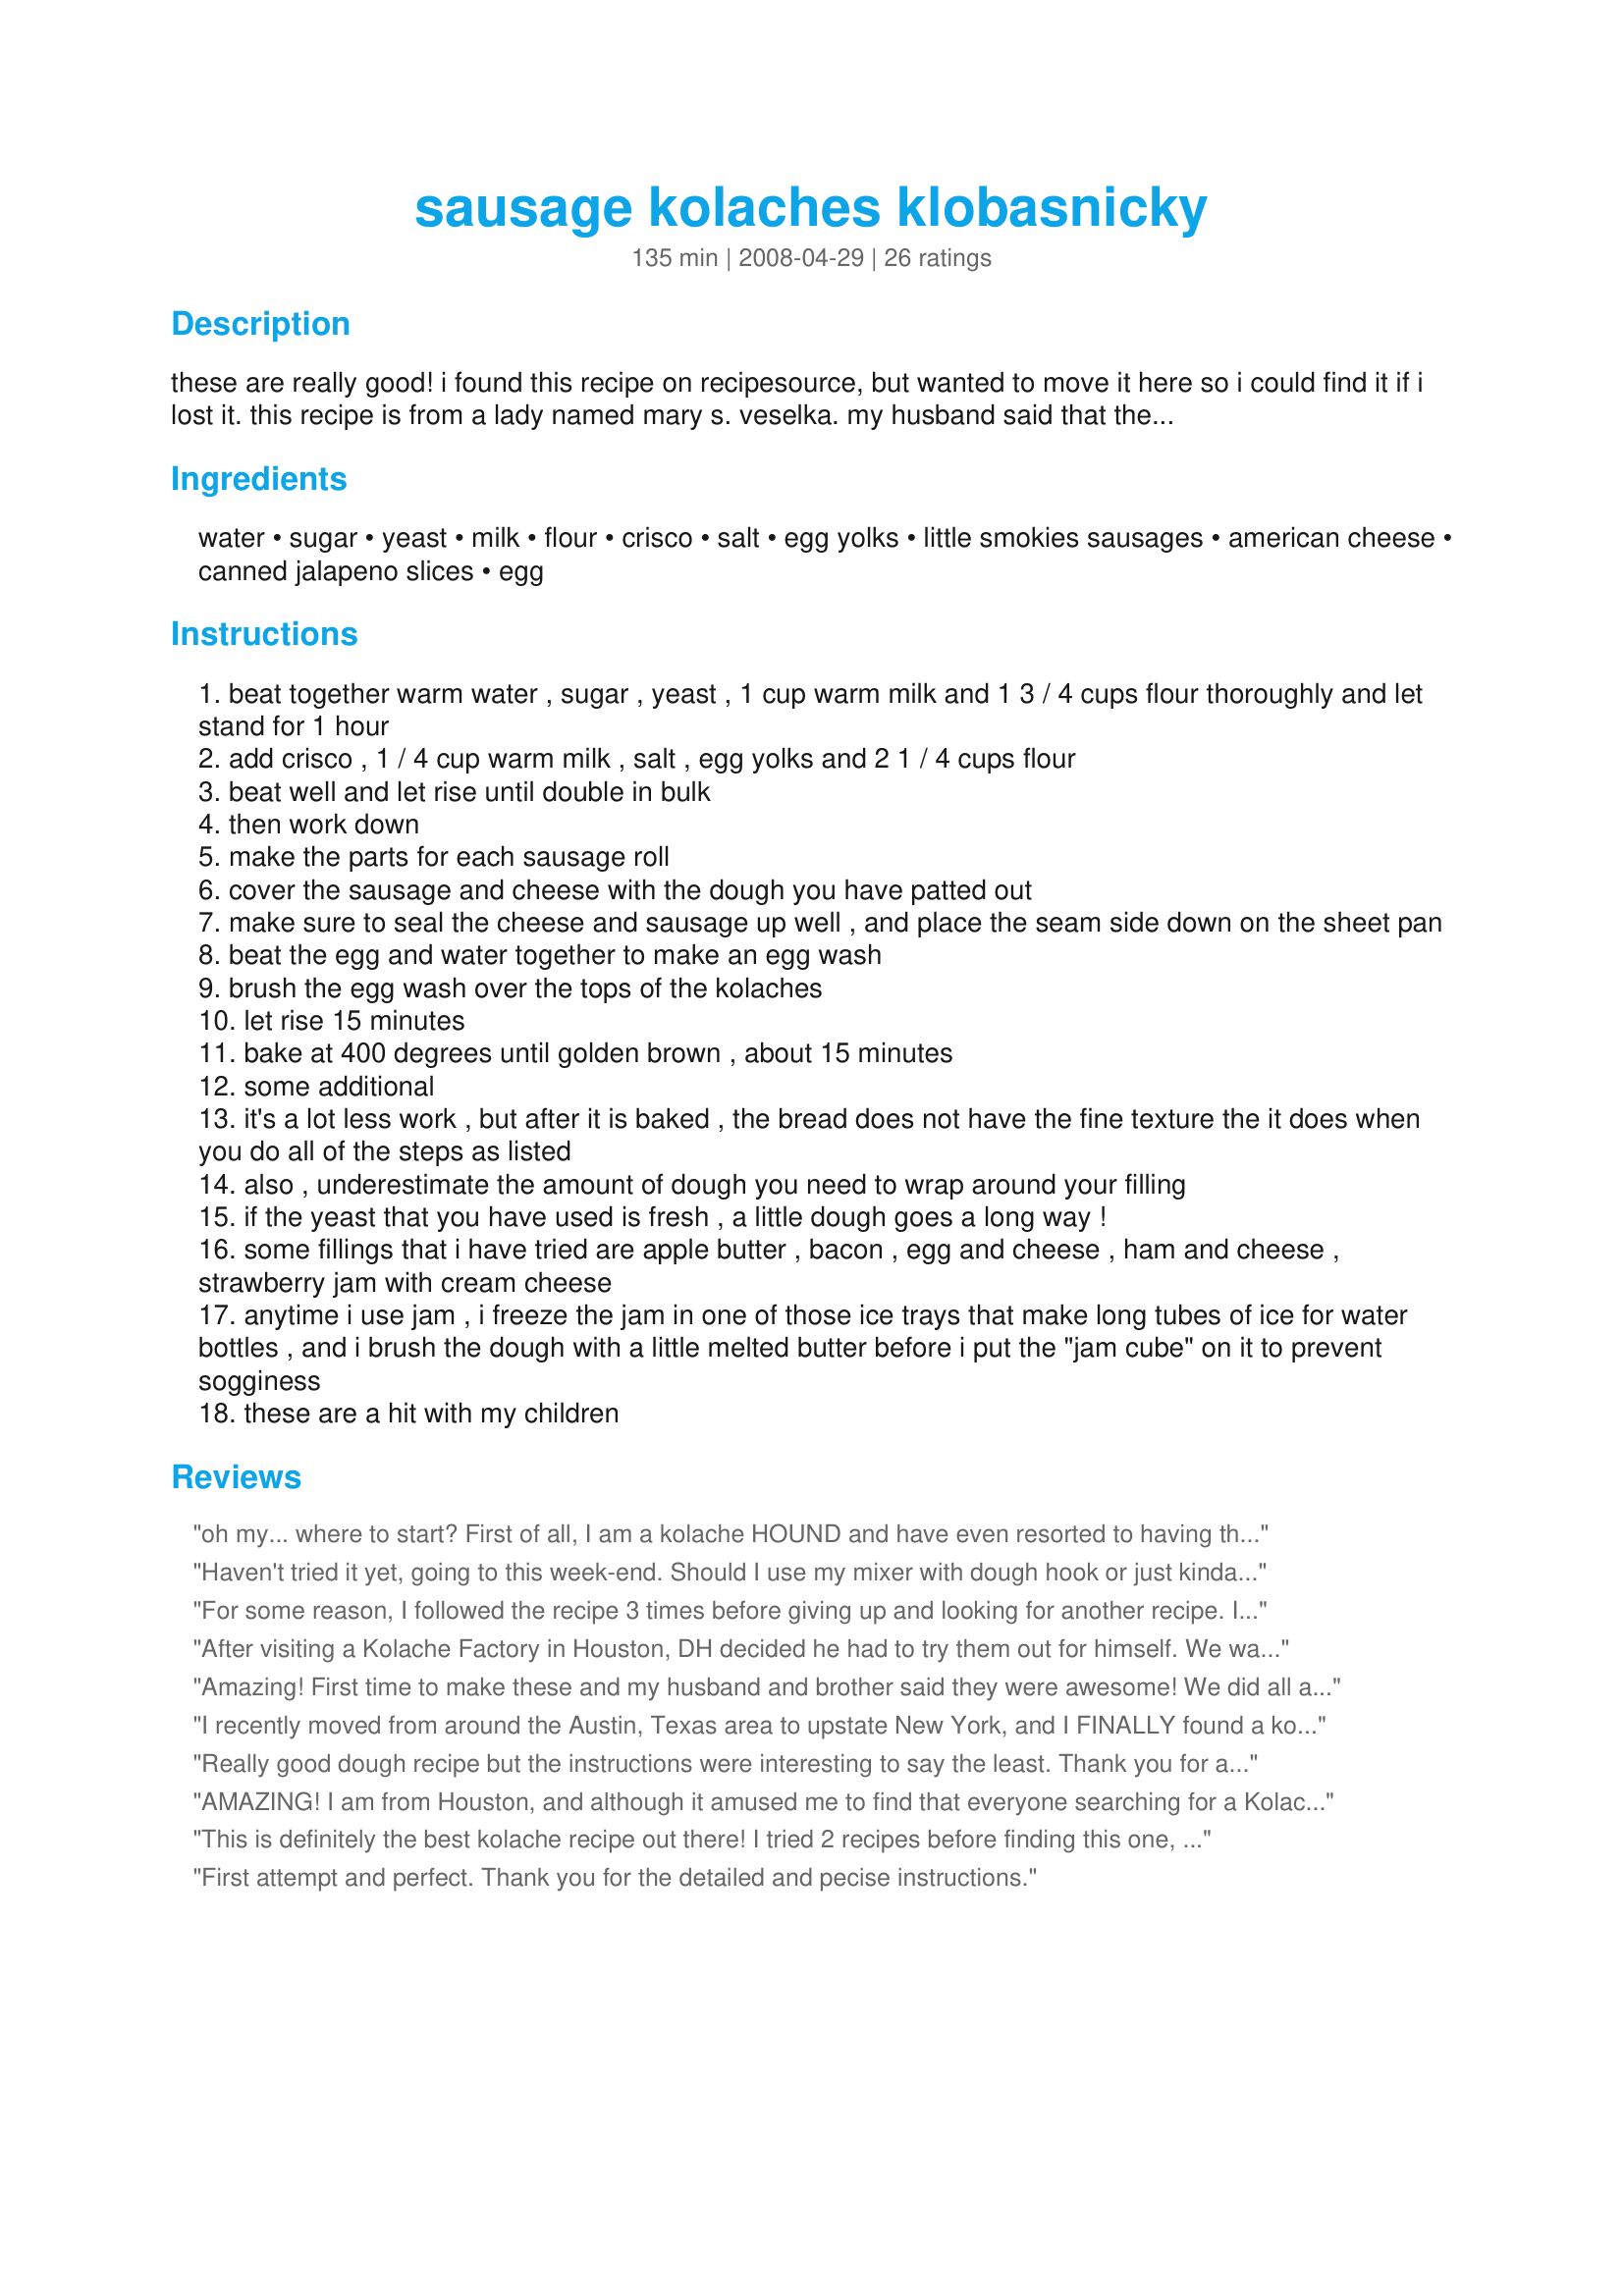
sausage kolaches klobasnicky
Preparation time: 135 minutes

these are really good! i found this recipe on recipesource, but wanted to move it here so i could find it if i lost it. this recipe is from a lady named mary s. veselka. my husband said that these are better than the kolaches sold at out local donut shop here in central texas. they take a bit of time, but are well worth the effort, and the dough is pleasing to work with.
i've recieved some dings for not having more detailed instructions. i simply moved this recipe over from another site, and left the instructions as mary wrote them. i've edited them a bit so that they are easier to understand.

Ingredients:
water, sugar, yeast, milk, flour, crisco, salt, egg yolks, little smokies sausages, american cheese, canned jalapeno slices, egg

Steps:
beat together warm water , sugar , yeast , 1 cup warm milk and 1 3 / 4 cups flour thoroughly and let stand for 1 hour
add crisco , 1 / 4 cup warm milk , salt , egg yolks and 2 1 / 4 cups flour
beat well and let rise until double in bulk
then work down
make the parts for each sausage roll
cover the sausage and cheese with the dough you have patted out
make sure to seal the cheese and sausage up well , and place the seam side down on the sheet pan
beat the egg and water together to make an egg wash
brush the egg wash over the tops of the kolaches
let rise 15 minutes
bake at 400 degrees until golden brown , about 15 minutes
some additional
it's a lot less work , but after it is baked , the bread does not have the fine texture the it does when you do all of the steps as listed
also , underestimate the amount of dough you need to wrap around your filling
if the yeast that you have used is fresh , a little dough goes a long way !
some fillings that i have tried are apple butter , bacon , egg and cheese , ham and cheese , strawberry jam with cream cheese
anytime i use jam , i freeze the jam in one of those ice trays that make long tubes of ice for water bottles , and i brush the dough with a little melted butter before i put the "jam cube" on it to prevent sogginess
these are a hit with my children

Reviews:
oh my... where to start? First of all, I am a kolache HOUND and have even resorted to having them SHIPPED to me from the Kolache Factory in Houston (the total plus shipping was $54.09--for a DOZEN!!). Needless to say, I have tried every recipe I could find; all with lackluster & disappointing results. UNTIL NOW!! The dough is perfect and so easy to work with. Is it the 'sponge'? Is it the crisco? Who knows. All I can say is this is the ONLY recipe that has ever come close to the melt-in-your-mouth nuggets of happiness that can only (how annoying is THAT?) be found in central and east Texas. I veered from the recipe only in that I used links called 'Beddar Cheddar' by Johnsonville (halved). I stuffed pickled jalapenos into slits that I cut, rolled 'em up in the dough, and cooked as directed. Heaven. As yummy as you can get even in Texas Hill Country! Thank you so very much, zirj's mama, for this recipe!!
Haven't tried it yet, going to this week-end. Should I use my mixer with dough hook or just kinda stir with spoon?
For some reason, I followed the recipe 3 times before giving up and looking for another recipe. Interestingly, It was NOT THE INGREDIENTS that I found that were that much different, but THE METHOD.<br/><br/>I admit not having worked much with "sponge:" The starter for the yeast. I suggest if you're also unfamiliar, that you simply take the warm water, sugar, and yeast, stir it together and let it sit in a two (2) cup measuring vessel until it bubbles to the top, THEN add the warm milk and 1 3/4 cup flour. This is the sponge. <br/><br/>It is VERY important to keep everything WARM throughout the entire process or the yeast will not work.<br/><br/>When you "Make the parts for each sausage roll," EVERY other recipe is VERY explicite: Take enough dough in your hand to make an egg-shaped ball and push the filling into the ball. Then pinch the dough around the filling to enclose it (I actually gently squeeze the dough in a fist, the roll it between my hands).<br/><br/>Finally, Let kolaches RISE AGAIN after you've formed them. This will probably last more than the 15 minutes recommended (I let it go all night).
After visiting a Kolache Factory in Houston, DH decided he had to try them out for himself. We wanted to try a variety of fillings so he made bacon egg and cheese and sausage and cheese. Since I am a vegetarian we also made spinach and feta and strawberry jam filled. A little unconventional, but OH SO DELICIOUS! The dough is perfection. We have been sitting around the table dreaming up filling combinations. Thanks for these tasty bites of heaven!
Amazing! First time to make these and my husband and brother said they were awesome! We did all agree that this recipe is definitely for traditional fruit kolaches. I made them into small balls about the size of a small egg and then did a thumbprint and put a spoonful of strawberry jam in some and some fig preserves topped with blue cheese. They were soooo good. Used the dough on the sausage and cheese as well and they were good, but will only use recipe for fruit and sweet cheese kolaches. &lt;br/&gt;&lt;br/&gt;As for the directions they were well thought out, except I would switch 3 and 4 and be sure to read and reread before you start the process.
I recently moved from around the Austin, Texas area to upstate New York, and I FINALLY found a kolache recipe that tastes like the ones from home!!! The dough was spot on! Thanks for a KEEPER!
Really good dough recipe but the instructions were interesting to say the least. Thank you for a great dough recipe which is a keeper for me!!!
AMAZING! I am from Houston, and although it amused me to find that everyone searching for a Kolache recipe has been from Texas, I have to agree....I have been looking for 2 years, and then I came across this recipe. It was so good, I actually had to sign up for an account to rate it. We did the sausage and cheese, but then we also did some nutella and almond butter for dessert ones. Both were fantastic! I will be making this recipe again, and again.....<br/>Thank you for posting it!
This is definitely the best kolache recipe out there! I tried 2 recipes before finding this one, including one from Texas Highways Magazine, and this recipe is far superior. It's also super simple! I made my Kolaches with little breakfast links and cheddar cheese. They turned out mouth-watering. I also made some sweet kolaches with lemon and cherry pie filling, and I drizzled a little bit of white icing on them (1 C powedered sugar, 2tbs melted butter, 1 tsp vanilla, and a little water until right consistency). I'm so thankful this recipe was posted!
First attempt and perfect. Thank you for the detailed and pecise instructions.
These are just about perfect. Very yeasty - maybe just a bit too much so. But they are incredible! I tried the other 'true' sausage kolache recipe and that was good, but these are significantly better. I had a bit of trouble with the dough - it ended up very sticky. I'm not exactly sure what 'work down' dough means, so that might have been the problem. Also, they don't reheat as well as the other recipe, I think simply because they are more yeasty and lighter than the other recipe. (BTW - I live in Rosenberg, TX - a very German/Czech town just southwest of Houston, so I'm intimately familiar with all the variations of kolaches.)
I've eaten kolaches but have never tried making them before. I've been craving them for a while, living in Arizona after moving from TX. This was my first attempt and they came out PERFECT!!! Thank you for an excellent recipe!
GREAT !!!!!!! Definately double up. Can't make enough of these. Best with Johnsonville Beddar Chaddar sausages, make 'um LARGE. Thanks Mama.
This is a very good kolache dough recipe. I use it to make more traditional fruit and cheese kolaches. It is very close to my full blooded czech grandmother&#039;s kolaches.. This tastes the closest to her kolaches that i have been able to find.
If your looking for the Kolaches sold in Texas, these are them. Highly recommended by my entire family. I made an assortment of Kolaches with: Hot Dogs with Cheese, Turkey with Chees, PB&J, Apricot Preserves and Scrambled Eggs. The scrambled eggs were my favorite and the Hot Dogs with Cheese were my kids favorite. I will definitely be making these again!
I am a displaced texan and have been searching high and low for a perfect Kolache recipe, and this is it! It taste exactly like the ones made at all those corner bakeries in East Texas, I love them. I am fortunately in an area though were you can get a variety of sausages and the best, and I mean the very best ones to use are the cheesy mettwurst. I make the sponge as directed but instead of the little smokies or bedda cheddars, I take the mettwurst, slice in half length wise and then roll with 1/2 slice of the american cheese. It makes about 18 of the large ones. I actually think they are better the next day because I use my sealer to seal semi tight, then micro in same bag the next day, for some reason they are incredibly moist and tender.
These Kolaches are the best. I found them easy to make and very easy to fill. Not only did I use the little smokies, but I also filled some with ham and cheese and my family ate them all within a few days.. I have tried other recipes but this one is the best..
Great recipe?5 Stars!. We love kolaches here in San Antonio, but good ones are hard to find. Now I can make them at home. My first attempt was good, but I had too much dough around the sausage, so they were all bread and little filling. I cut back on the amount of dough, patted it out thinner and got much better results. I mostly use Opa&#039;s jalapeno sausage and sharp cheddar cheese and sliced jalapenos, but I have also substituted pepper jack. I even used Italian sausage, mozzarella cheese and a little marinara sauce--big hit. I found, for best results, it&#039;s best to pre-cook the sausage. This ensures the inside of your kolache won&#039;t be made soggy by too much grease.
Better than Shipley's or the Czech Stop in West. These are by far the best I have ever eaten. Don't change a thing! The dough was wonderful to work with!
delicious! almost like being home in Texas!
These turned out wonderful! Tasted like Texas Kolaches! YUMMM!! I will be making them again!
Loved this. This is the first time making this and it turned out great! The husband and the kids loved it. The only thing I would like to note is that, It was kind of confusing after the first hour. Whether or not to mix the ingredient then add to the warm dough or to make separate dough. I just made the first dough in my large stand mixer bowl and then added the ingredients to that,then remixed it all together. I don&#039;t know if that was the correct way to do it, but it was good all the same. Thanks for the recipe.
They turned out sooo delicious! I used shredded cheddar and little smokies. YUM! Everyone loved them and they actually weren't very difficult to make.
I am not a baker, so I was apprehensive. This recipe was awesome! The steps, additional notes, and the headings (e.g. Sponge) helped guide me right through. I did have to improve on my pinching of the dough before baking, but that was me learning. Enjoy!!!!
OMG!!!!! I was skeptical but willing to try anything since moving from Texas to NY. This is your true Sausage Roll from Texas. The breading can make it or break it, this breading MADE IT!!!! I used the little smokies but wish they were longer. I might try putting two sausages in a roll next time unless I can find the longer ones cause the rolls definitely out grow the sausage.

I followed the recipe exactly. Btw... I used the flieschmanns rapid rise instant yeast packets. The recipe didn&#039;t say which kind so I thought I&#039;d let you know.

I was a little confused by the recipe. The &quot;warm&quot; milk and water, I just made baby bottle warm cause I didn&#039;t have a thermometer and it worked fine.

I was also confused if I should put the sponge back in the oven to rise again after the first hour but I decided ...No... I just mixed the additional ingredients and made my balls to press out into the rolls

I also wasn&#039;t sure if I was supposed to wait till I put them in the oven so I decided I would just wait to pre heat the oven and give them that time to rise

I used both racks in the oven and the top ones golden up in the 15 minutes but I had to take the bottom rack and place them on the top rack for an additional 5 minutes to get them to brown
Great just great wife is from Texas she never shuts up for kolaches so I finally made some and this recipe was on point.
